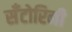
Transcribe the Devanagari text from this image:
सँटोरिनी